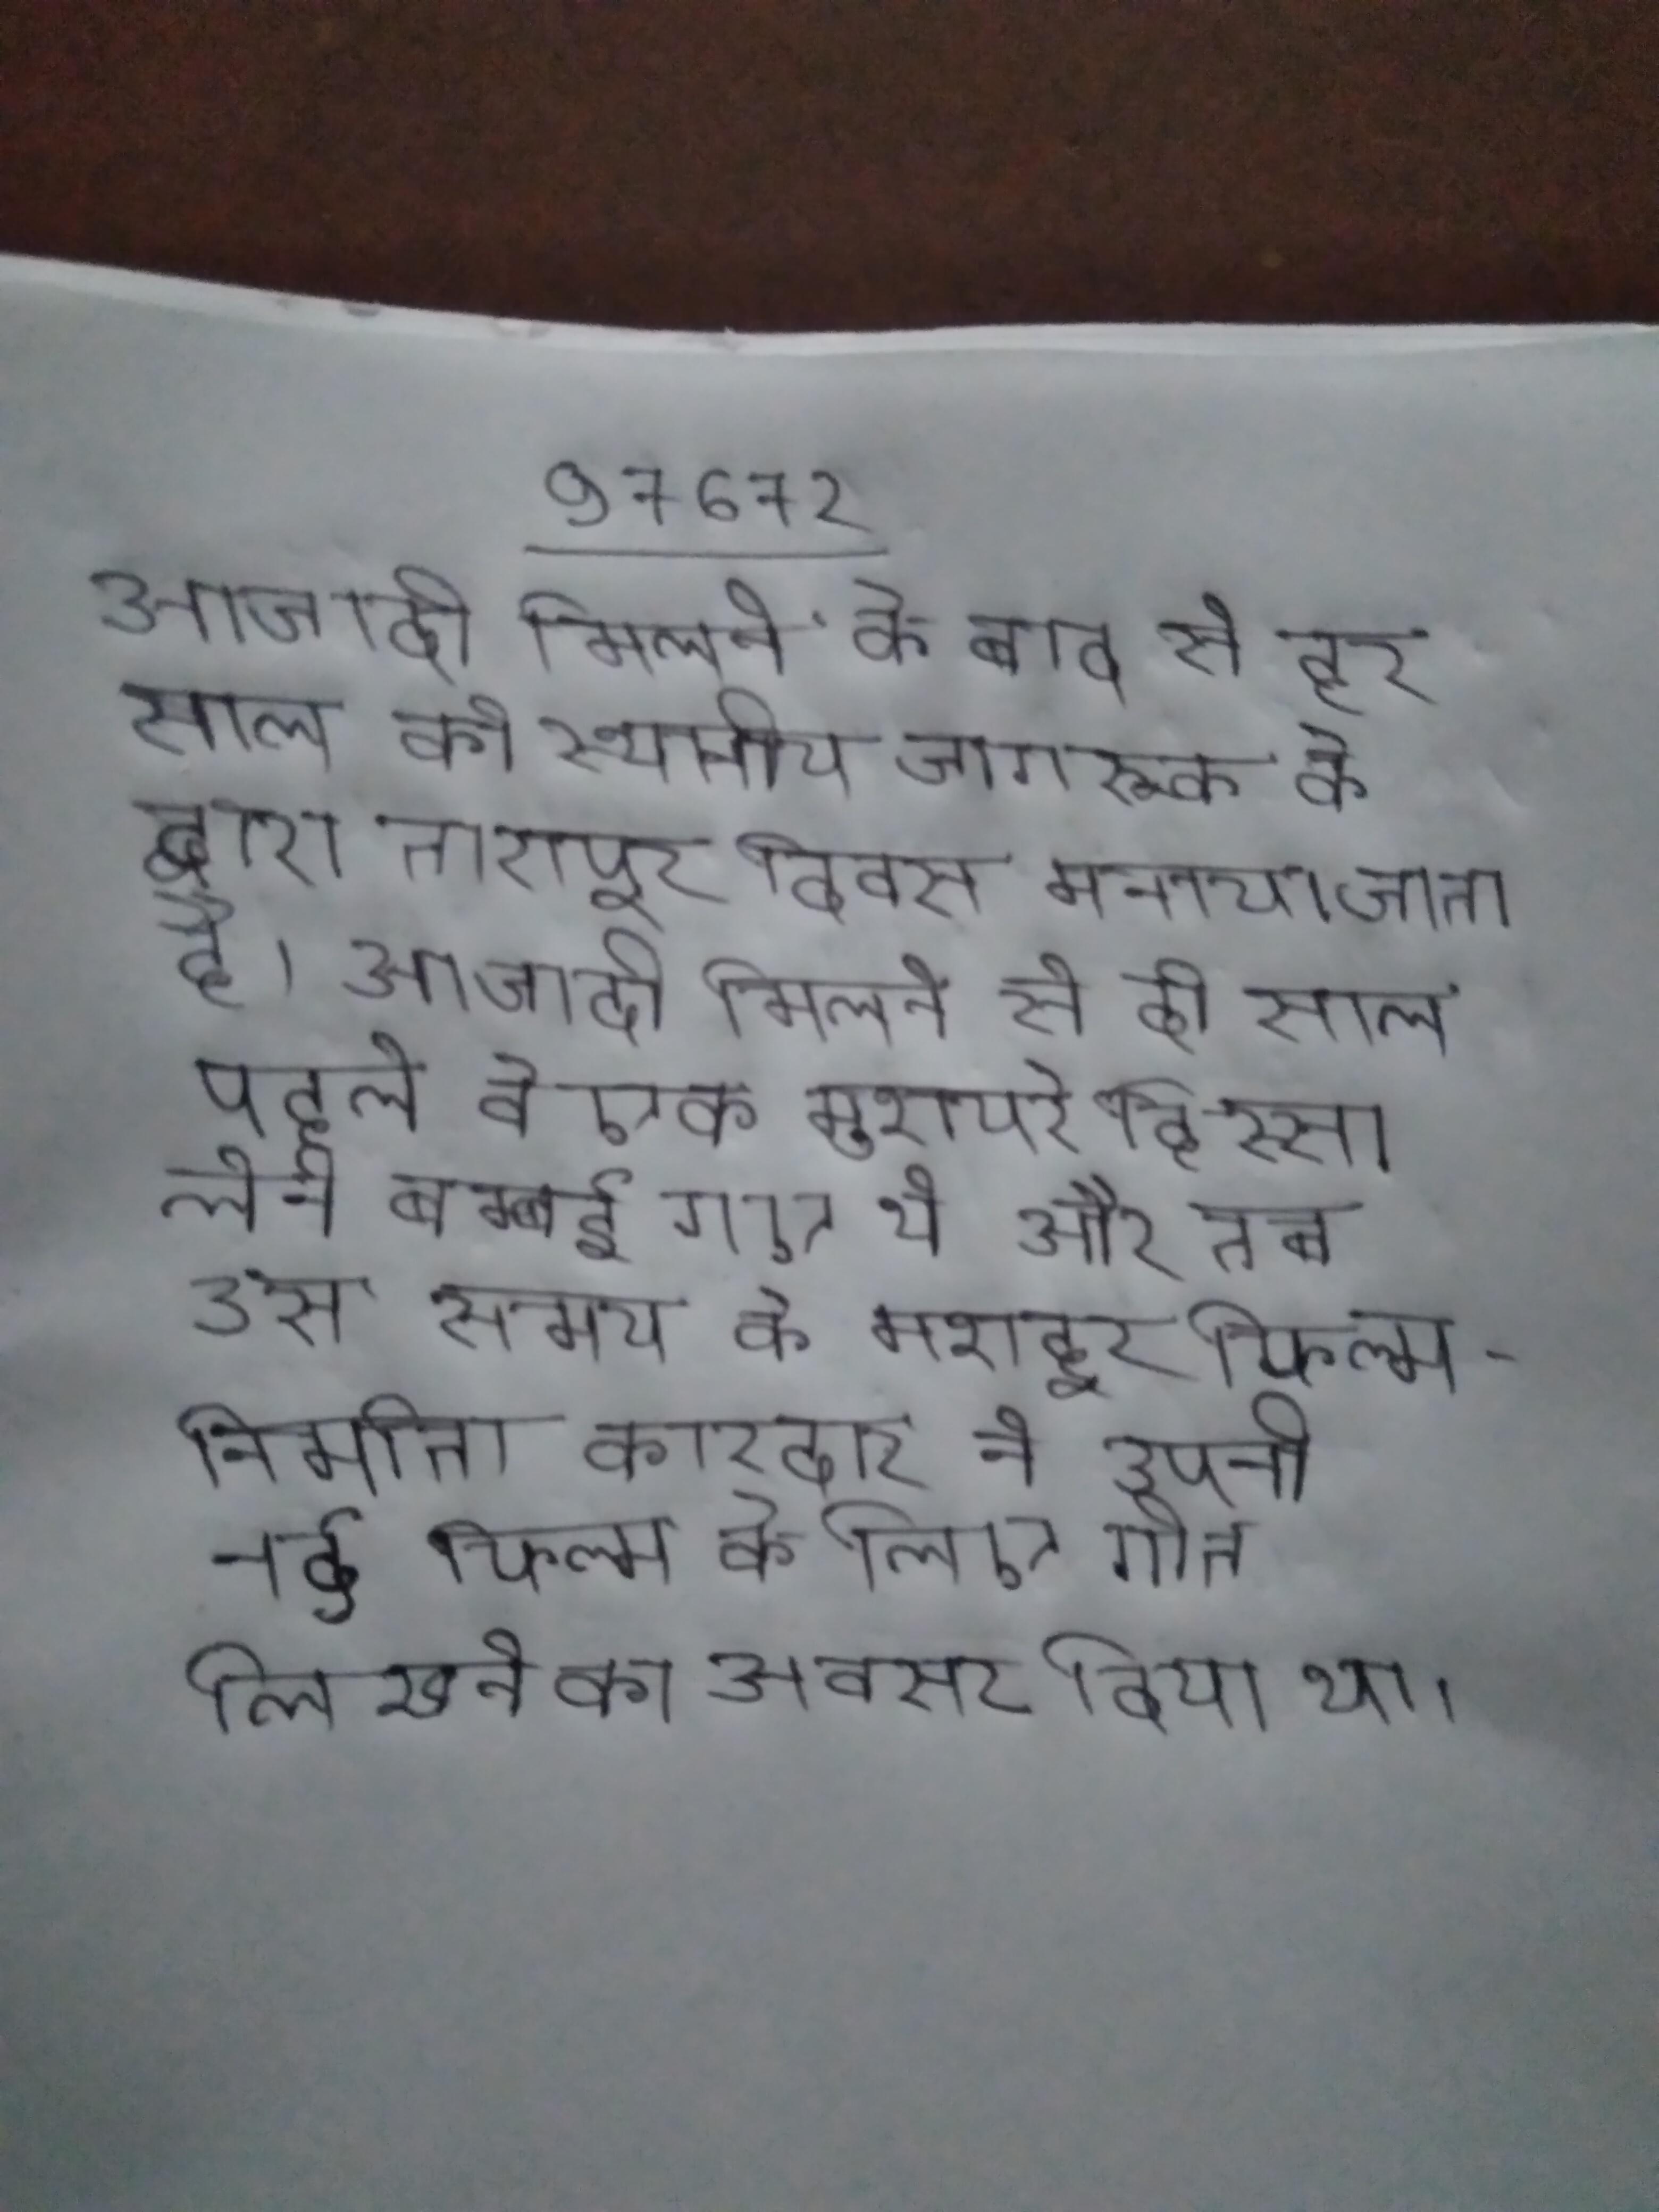
आजादी मिलने के बाद से हर साल को स्थानीय जागरूक के द्वारा तारापुर दिवस मनाया जाता है । आजादी मिलने से दो साल पहले वे एक मुशायरे हिस्सा लेने बम्बई गए थे और तब उस समय के मशहूर फिल्म-निर्माता कारदार ने अपनी नई फिल्म के लिए गीत लिखने का अवसर दिया था ।